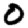
Digit: 0